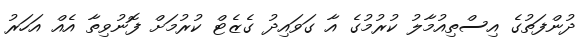
ދުންފަތުގެ އިސްތިއުމާލު ކުރުމުގެ އާ ގަވައިދު ގެޒެޓް ކުރުމަށް ފޮނުވިތާ އެއް އަހަރު